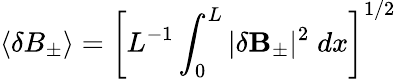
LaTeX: \langle\delta B_{\pm}\rangle=\left[L^{-1}\int_{0}^{L}|\delta{\mathbf B}_{\pm}|^{2}\; dx\right]^{1/2}